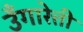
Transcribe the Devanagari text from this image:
उँगारेत्ती